Parnu_kinnistusamet, lk 2
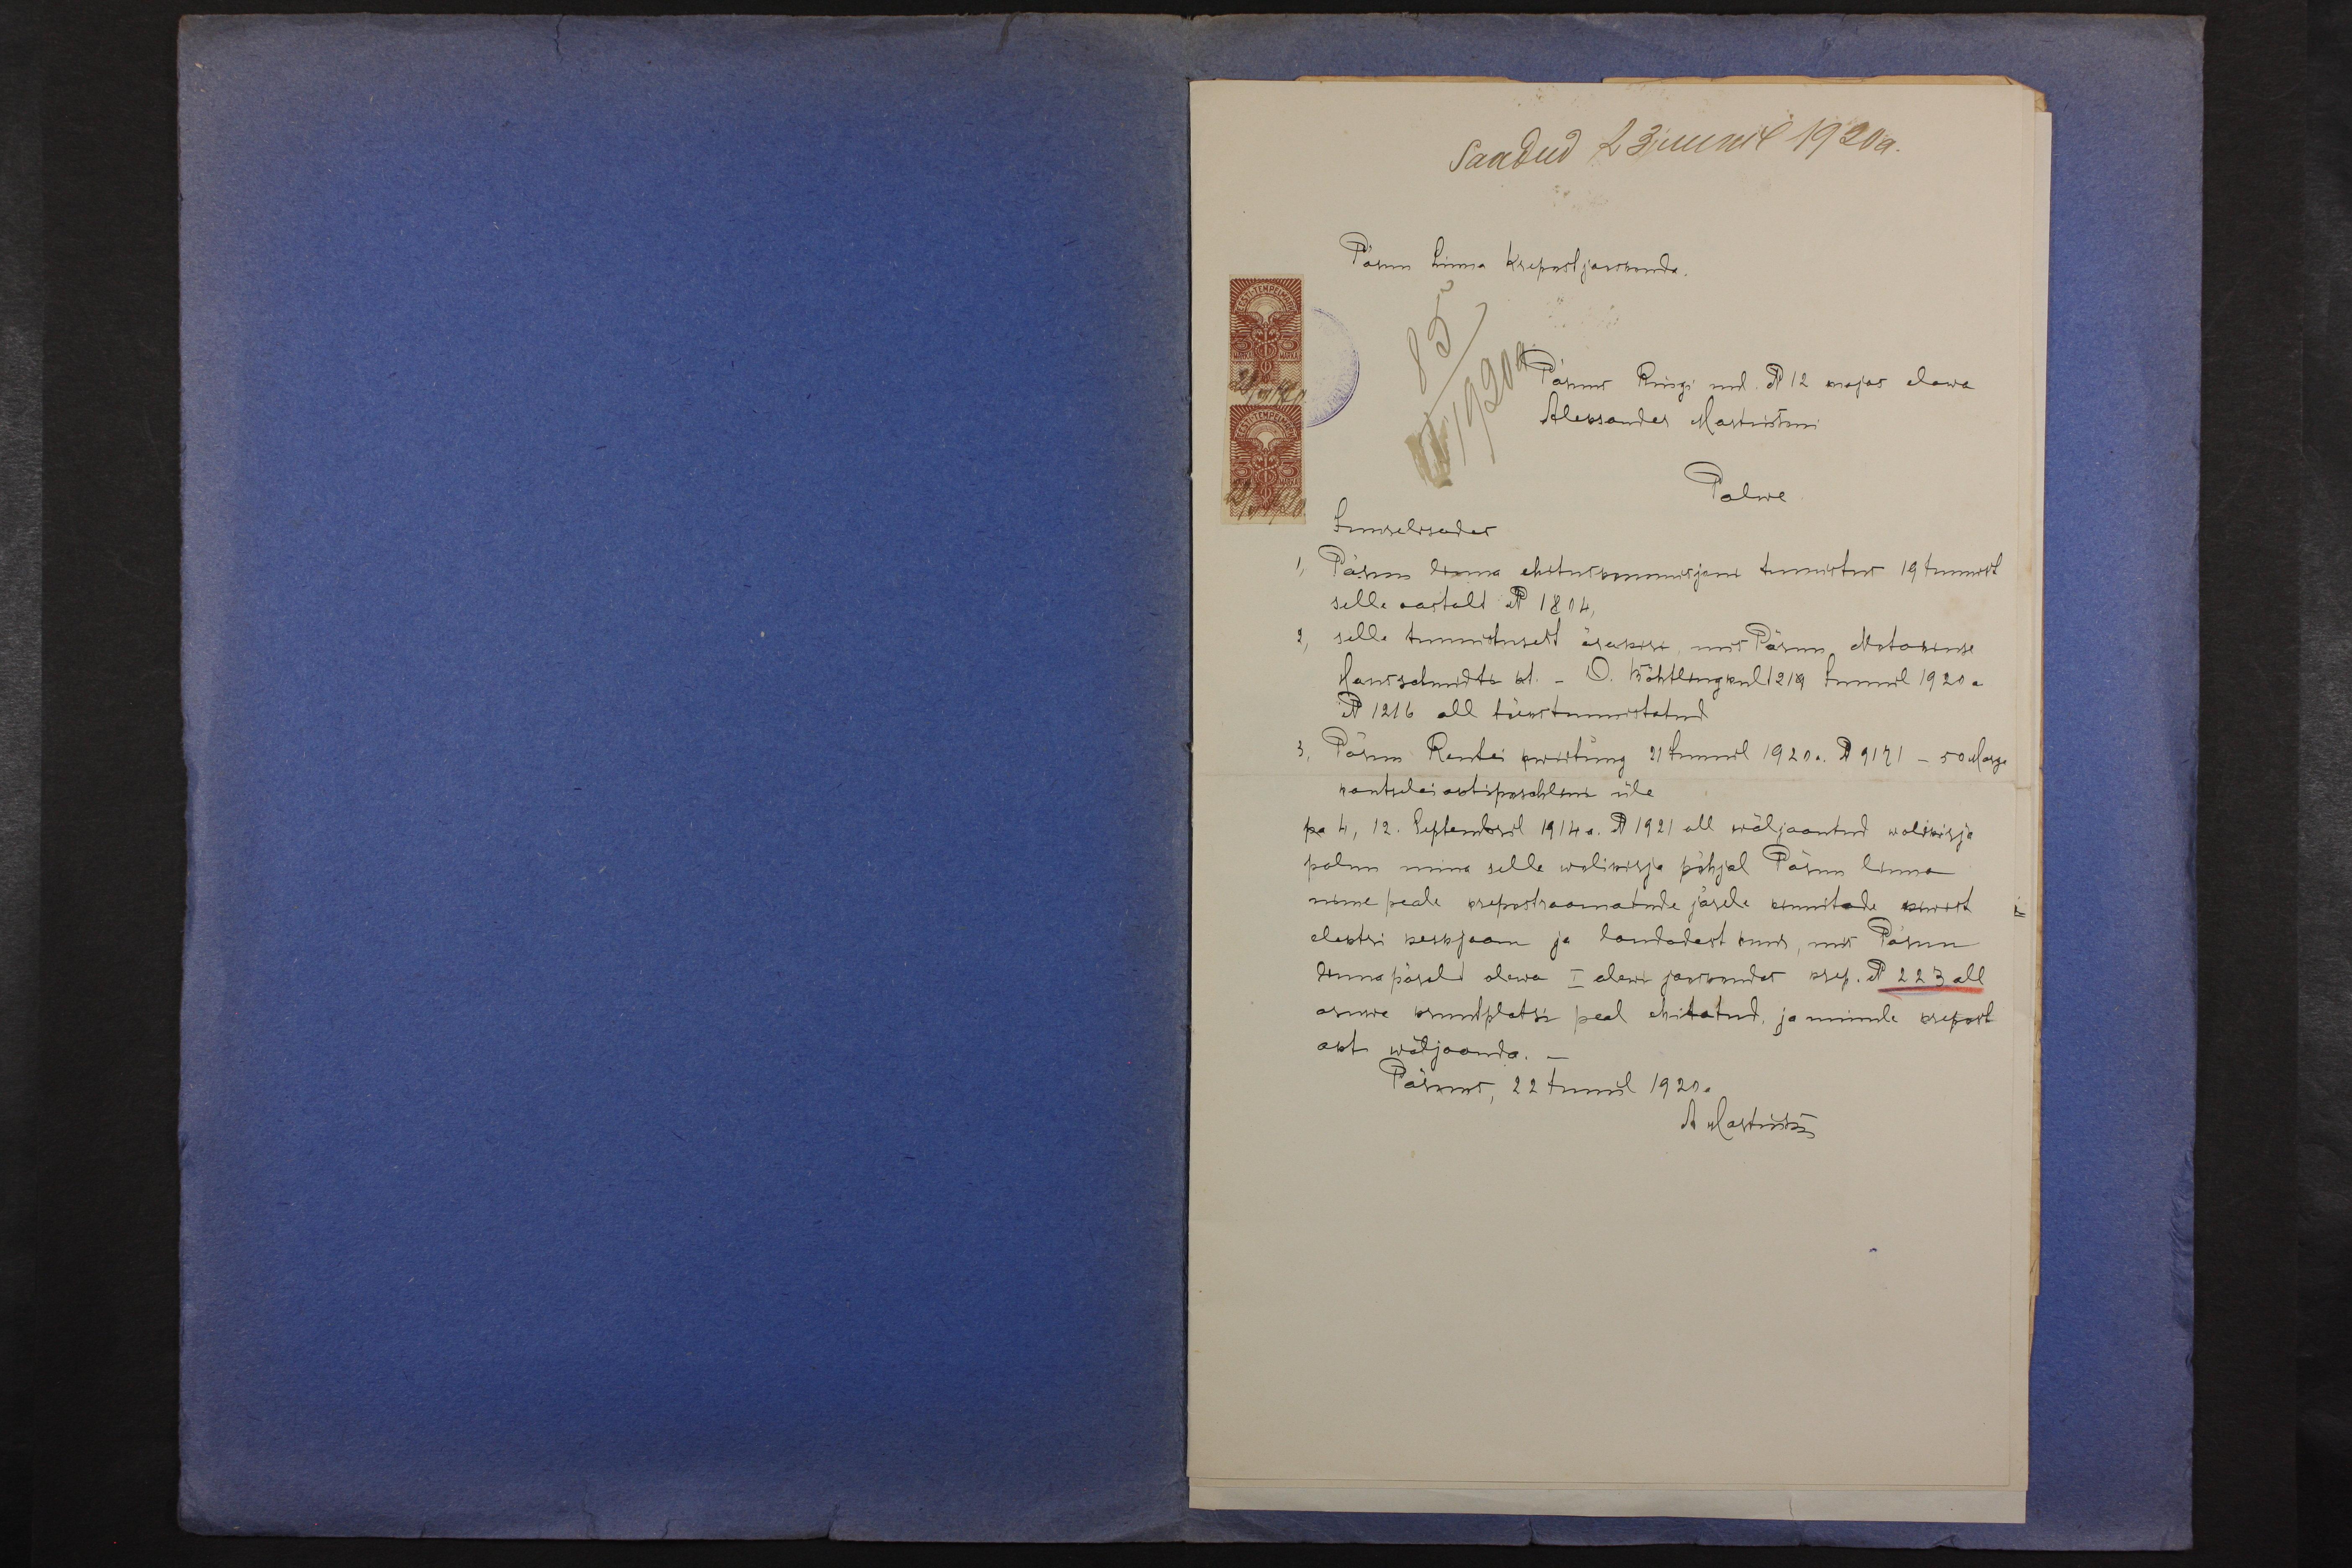
Saadud 23 juunil 1920 a.
Pärnu linna krepostjaoskonda,
Pärnus Ringi uul. N 12 majas elawa
Aleksander Martinsoni
Palwe
immelisudes
Pärnus linna ehituskomisjoni tunnistus 19 Juunist
selle aastalt N 1814
2, selle tunnistusest ärakiri, mis Pärnu Notariuse
Hansschmidti kt. - O. Böhtlingkult 1219 Juunil 1920 a.
N 1216 all tõeks tunnistatud
3,
Pärnu Rentei kwiitung 21 Juunil 1920 a. 9121 - 50 Marga
kantselei aktiposchlini üle.
pa 4, 12. Septembril 1914 a. N 1921 all wäljaantud wolikirja
palun mina selle wolikirja põhjal Pärnu linna
nime peale krepostraamatude järele kinnitada kiwist
elektri keskjaam ja laudadest sms, mis Pärnu
linna päralt olewa I alewi jaoskondas krep. N 223 all
asuwa kruntplatsi peal ehitatud, ja minule krepost
akt wäljaanda.
Pärnus, 22 Juunil 1920 a.
A. Gustriks